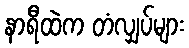
နာရီထဲက တံလျှပ်များ